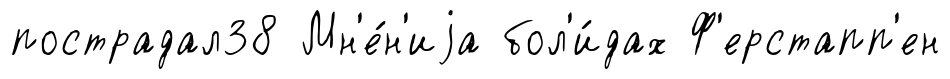
пострадал38 Мн'е́н'иjа бол'и́дах Ф'ерстапп'ен